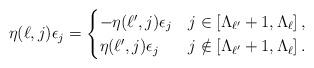
LaTeX: \begin{align*} \eta(\ell,j)\epsilon_j = \begin{cases} -\eta(\ell',j) \epsilon_j & j \in [\Lambda_{\ell'} + 1, \Lambda_{\ell}]\,, \\ \eta(\ell',j) \epsilon_j & j \notin [\Lambda_{\ell'} + 1, \Lambda_{\ell}]\,. \end{cases} \end{align*}